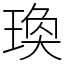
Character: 瑍